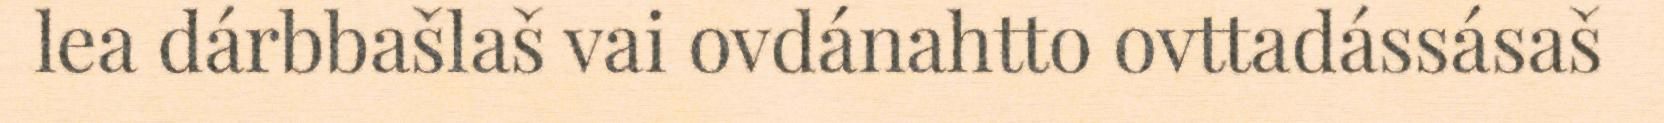
lea dárbbašlaš vai ovdánahtto ovttadássásaš